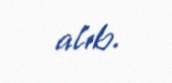
alıb.